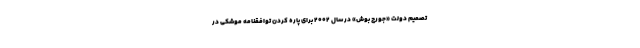
تصمیم دولت «جورج بوش» در سال 2002 برای پاره کردن توافقنامه موشکی در